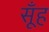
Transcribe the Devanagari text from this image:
सूँह